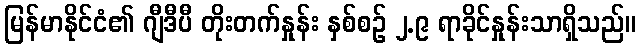
မြန်မာနိုင်ငံ၏ ဂျီဒီပီ တိုးတက်နှုန်း နှစ်စဉ် ၂.၉ ရာခိုင်နှုန်းသာရှိသည်။